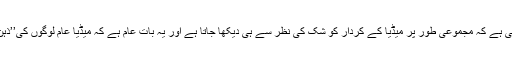
یہ بات اس لیے کہی جارہی ہے کہ مجموعی طور پر میڈیا کے کردار کو شک کی نظر سے ہی دیکھا جاتا ہے اور یہ بات عام ہے کہ میڈیا عام لوگوں کی’’ذہن سازی‘‘ کا کام کرتا ہے۔